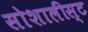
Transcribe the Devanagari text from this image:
सोशालीस्ट